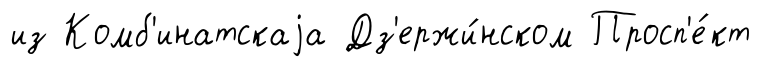
из Комб'инатскаjа Дз'ержи́нском Просп'е́кт